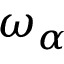
\omega _ { \alpha }